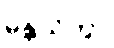
မန္တယိတွာ